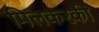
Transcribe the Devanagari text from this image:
मिलकरकी